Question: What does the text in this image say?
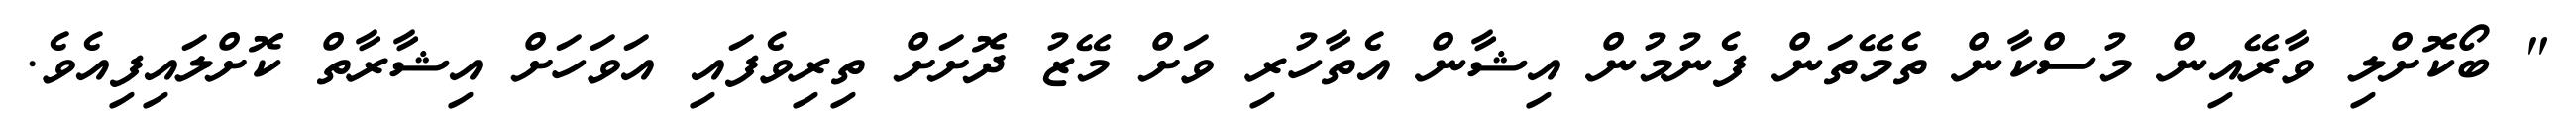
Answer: " ބޯކޮށްލި ވާރޭއިން މުސްކާން ތެމޭތަން ފެނުމުން އިޝާން އެތާހުރި ވަށް މޭޒު ދޮށަށް ތިރިވެފައި އަވަހަށް އިޝާރާތް ކޮށްލައިފިއެވެ.